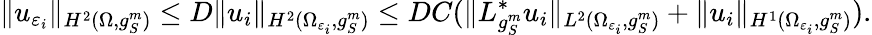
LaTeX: \| u_{\varepsilon_{i}}\| _{H^{2}(\Omega,g_{S}^{m})}\leq D\| u_{i}\| _{H^{2}(\Omega_{\varepsilon_{i}},g_{S}^{m})}\leq DC(\| L_{g_{S}^{m}}^{*}u_{i}\| _{L^{2}(\Omega_{\varepsilon_{i}},g_{S}^{m})}+\| u_{i}\| _{H^{1}(\Omega_{\varepsilon_{i}},g_{S}^{m})}).